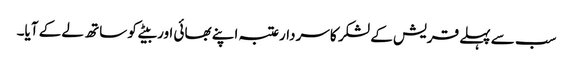
سب سے پہلے قریش کے لشکر کا سردارعتبہ اپنے بھائی اور بیٹے کو ساتھ لے کے آیا۔